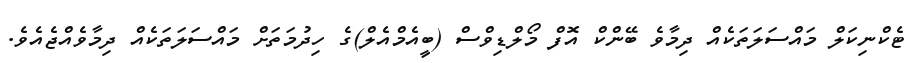
ޓެކްނިކަލް މައްސަލަތަކެއް ދިމާވެ ބޭންކް އޮފް މޯލްޑިވްސް (ބީއެމްއެލް)ގެ ހިދުމަތަށް މައްސަލަތަކެއް ދިމާވެއްޖެއެވެ.